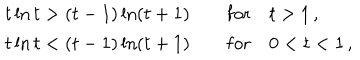
\begin{array} { l } { { t \ln t > ( t - 1 ) \ln ( t + 1 ) \qquad \mathrm { f o r } \quad t > 1 \, , } } \\ { { t \ln t < ( t - 1 ) \ln ( t + 1 ) \qquad \mathrm { f o r } \quad 0 < t < 1 \, , } } \\ \end{array}